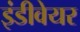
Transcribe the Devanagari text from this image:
इंडीवेयर